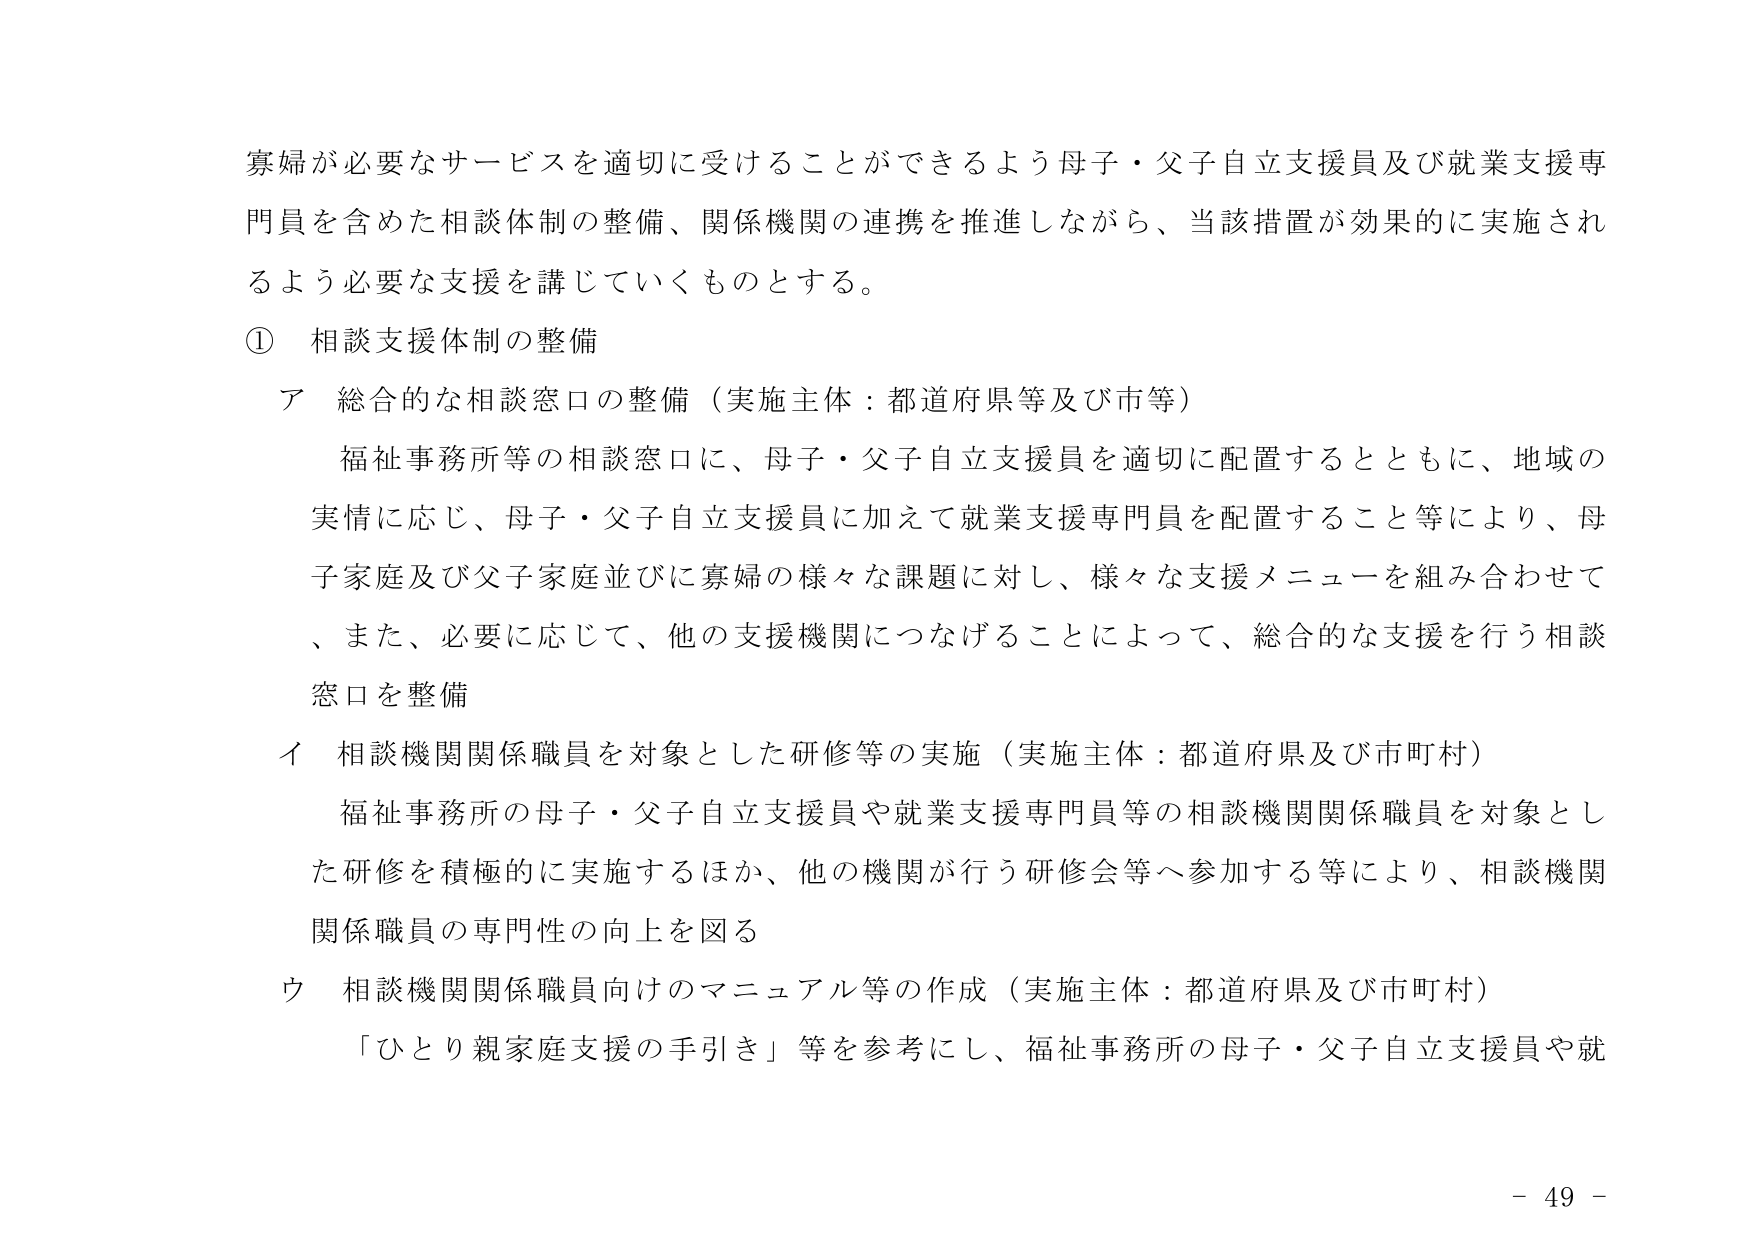
寡婦が必要なサービスを適切に受けることができるよう母子・父子自立支援員及び就業支援専門員を含めた相談体制の整備、関係機関の連携を推進しながら、当該措置が効果的に実施されるよう必要な支援を講じていくものとする。

① 相談支援体制の整備

ア 総合的な相談窓口の整備（実施主体：都道府県等及び市等）

福祉事務所等の相談窓口に、母子・父子自立支援員を適切に配置するとともに、地域の実情に応じ、母子・父子自立支援員に加えて就業支援専門員を配置すること等により、母子家庭及び父子家庭並びに寡婦の様々な課題に対し、様々な支援メニューを組み合わせて、また、必要に応じて、他の支援機関につなげることによって、総合的な支援を行う相談窓口を整備

イ 相談機関関係職員を対象とした研修等の実施（実施主体：都道府県及び市町村）

福祉事務所の母子・父子自立支援員や就業支援専門員等の相談機関関係職員を対象とした研修を積極的に実施するほか、他の機関が行う研修会等へ参加する等により、相談機関関係職員の専門性の向上を図る

ウ 相談機関関係職員向けのマニュアル等の作成（実施主体：都道府県及び市町村）

「ひとり親家庭支援の手引き」等を参考にし、福祉事務所の母子・父子自立支援員や就

- 49 -